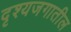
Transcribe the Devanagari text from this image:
दृश्यजगातील